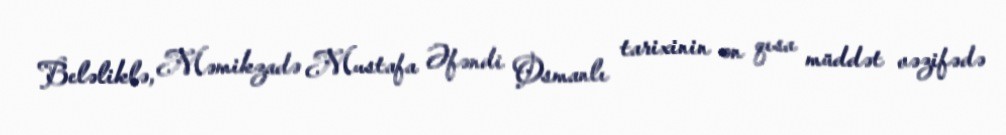
Beləliklə, Məmikzadə Mustafa Əfəndi Osmanlı tarixinin ən qısa müddət vəzifədə